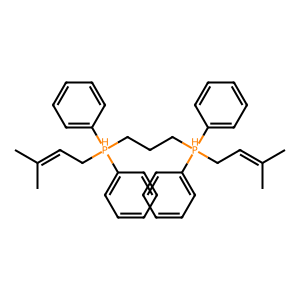
SMILES: CC(C)=CC[PH](CCC[PH](CC=C(C)C)(c1ccccc1)c1ccccc1)(c1ccccc1)c1ccccc1
Inhibits HIV replication: No